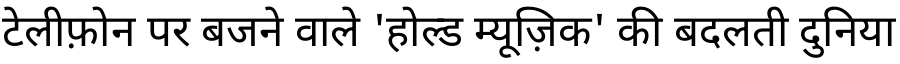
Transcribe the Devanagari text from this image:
टेलीफ़ोन पर बजने वाले 'होल्ड म्यूज़िक' की बदलती दुनिया